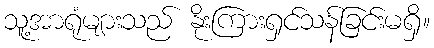
သူ့အာရုံများသည် နိုးကြားရှင်သန်ခြင်းမရှိ။